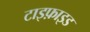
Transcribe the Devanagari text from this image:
टाइफ़ाइड